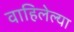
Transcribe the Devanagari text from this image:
वाहिलेल्‍या